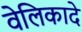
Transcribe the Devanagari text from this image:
वेलिकादे